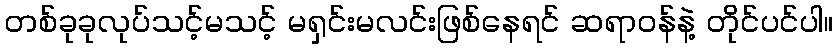
တစ်ခုခုလုပ်သင့်မသင့် မရှင်းမလင်းဖြစ်နေရင် ဆရာဝန်နဲ့ တိုင်ပင်ပါ။